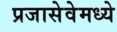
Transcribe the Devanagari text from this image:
प्रजासेवेमध्ये